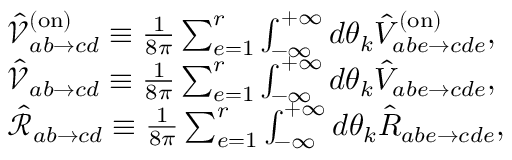
\begin{array} { r l } & { \hat { \mathcal { V } } _ { a b \to c d } ^ { ( \mathrm { o n } ) } \equiv \frac { 1 } { 8 \pi } \sum _ { e = 1 } ^ { r } \int _ { - \infty } ^ { + \infty } d \theta _ { k } \hat { V } _ { a b e \to c d e } ^ { ( \mathrm { o n } ) } , } \\ & { \hat { \mathcal { V } } _ { a b \to c d } \equiv \frac { 1 } { 8 \pi } \sum _ { e = 1 } ^ { r } \int _ { - \infty } ^ { + \infty } d \theta _ { k } \hat { V } _ { a b e \to c d e } , } \\ & { \hat { \mathcal { R } } _ { a b \to c d } \equiv \frac { 1 } { 8 \pi } \sum _ { e = 1 } ^ { r } \int _ { - \infty } ^ { + \infty } d \theta _ { k } \hat { R } _ { a b e \to c d e } , } \end{array}